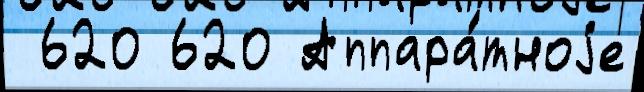
 620 620 Аппара́тноjе